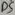
Text: D5